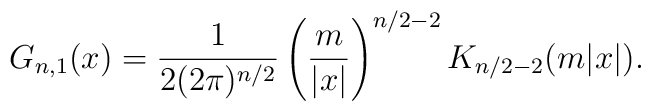
G_{n,1}(x)={\frac{1}{2(2\pi)^{n/2}}}\left({\frac{m}{|x|}}\right)^{n/2-2}K_{n/2-2}(m|x|).